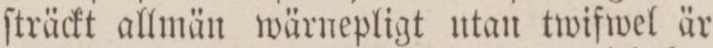
ſträckt allmän wärnepligt utan twifwel är